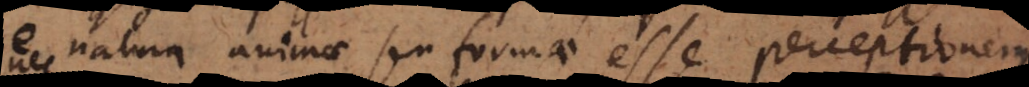
De natura animae seu formae esse perceptionem